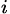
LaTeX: _i